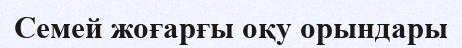
Семей жоғарғы оқу орындары